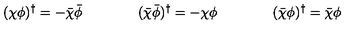
( \chi \phi ) ^ { \dagger } = - \bar { \chi } \bar { \phi } \qquad \qquad ( \bar { \chi } \bar { \phi } ) ^ { \dagger } = - \chi \phi \qquad \qquad ( \bar { \chi } \phi ) ^ { \dagger } = \bar { \chi } \phi